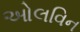
ઓલવિન